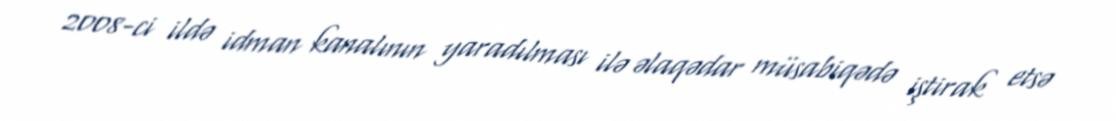
2008-ci ildə idman kanalının yaradılması ilə əlaqədar müsabiqədə iştirak etsə